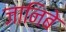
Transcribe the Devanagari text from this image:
जानिबे